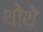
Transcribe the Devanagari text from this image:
थोथे